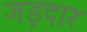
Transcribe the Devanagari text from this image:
जड़दार